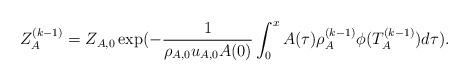
LaTeX: \begin{align*}Z_A^{(k-1)} =Z_{A,0}\exp(-\frac{1}{\rho_{A,0} u_{A,0} A(0)}\int_0^x A(\tau)\rho_A^{(k-1)}\phi(T_A^{(k-1)})d\tau).\end{align*}